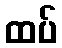
ထပ်